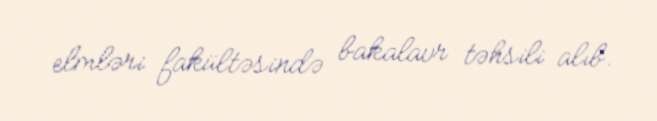
elmləri fakültəsində bakalavr təhsili alıb.